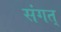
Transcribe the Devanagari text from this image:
संगत्